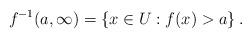
LaTeX: \begin{align*}f^{-1}(a,\infty)=\{x\in U:f(x)>a\}\,.\end{align*}